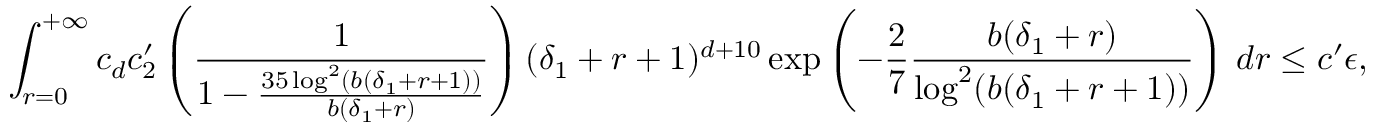
\int _ { r = 0 } ^ { + \infty } c _ { d } c _ { 2 } ^ { \prime } \left( \frac { 1 } { 1 - \frac { 3 5 \log ^ { 2 } ( b ( \delta _ { 1 } + r + 1 ) ) } { b ( \delta _ { 1 } + r ) } } \right) ( \delta _ { 1 } + r + 1 ) ^ { d + 1 0 } \exp \left( - \frac { 2 } { 7 } \frac { b ( \delta _ { 1 } + r ) } { \log ^ { 2 } ( b ( \delta _ { 1 } + r + 1 ) ) } \right) \, d r \leq c ^ { \prime } \epsilon ,